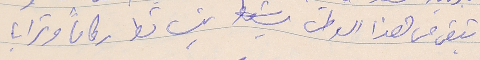
تبقى من هذا الوطن يتساقط ركاماً وترابا